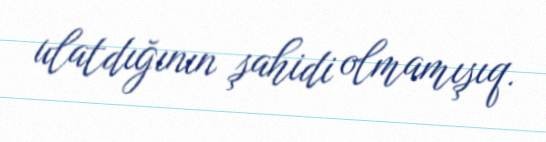
ulatdığının şahidi olmamışıq.